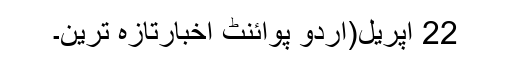
22 اپریل(اُردو پوائنٹ اخبارتازہ ترین۔